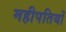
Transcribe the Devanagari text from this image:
महीपतियों